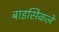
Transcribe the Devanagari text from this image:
बाइसिकलें